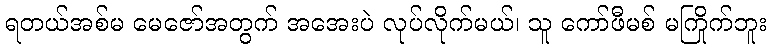
ရတယ်အစ်မ မေဇော်အတွက် အအေးပဲ လုပ်လိုက်မယ်၊ သူ ကော်ဖီမစ် မကြိုက်ဘူး